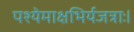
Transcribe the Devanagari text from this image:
पश्येमाक्षभिर्यजत्राः।